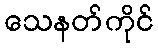
သေနတ်ကိုင်